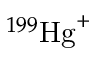
^ { 1 9 9 } { \mathrm { H g } } ^ { + }